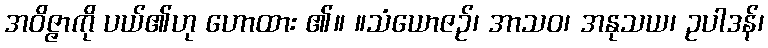
အဝိဇ္ဇာကို ပယ်၏ဟု ဟောထား ၏။ ။သံယောဇဉ်၊ အာသဝ၊ အနုသယ၊ ဥပါဒန်၊